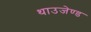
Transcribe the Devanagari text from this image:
थाउजेण्ड